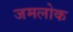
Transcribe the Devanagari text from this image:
जमलोक